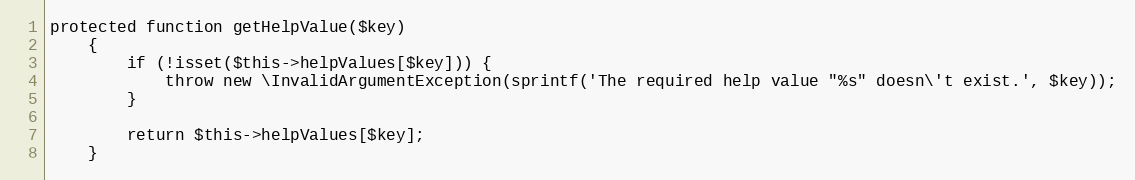
Language: PHP
protected function getHelpValue($key)
    {
        if (!isset($this->helpValues[$key])) {
            throw new \InvalidArgumentException(sprintf('The required help value "%s" doesn\'t exist.', $key));
        }

        return $this->helpValues[$key];
    }